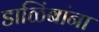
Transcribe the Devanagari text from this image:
डाळिंबांना